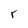
Character: r